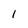
Character: 1